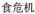
食危机